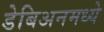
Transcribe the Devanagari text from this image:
डेबिअनमध्ये